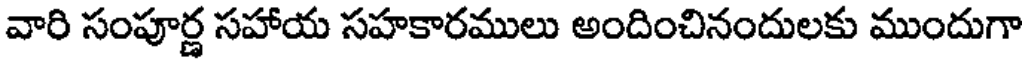
వారి సంపూర్ణ సహాయ సహకారములు అందించినందులకు ముందుగా